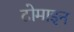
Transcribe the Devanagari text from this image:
टोमाइन